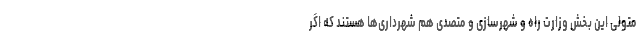
متولی این بخش وزارت راه و شهرسازی و متصدی هم شهرداری‌ها هستند که اگر